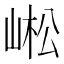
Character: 㟣